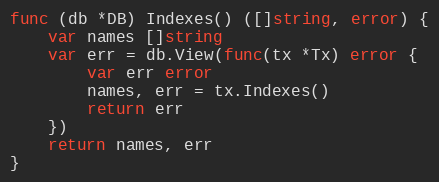
Language: Go
func (db *DB) Indexes() ([]string, error) {
	var names []string
	var err = db.View(func(tx *Tx) error {
		var err error
		names, err = tx.Indexes()
		return err
	})
	return names, err
}